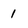
Character: 1